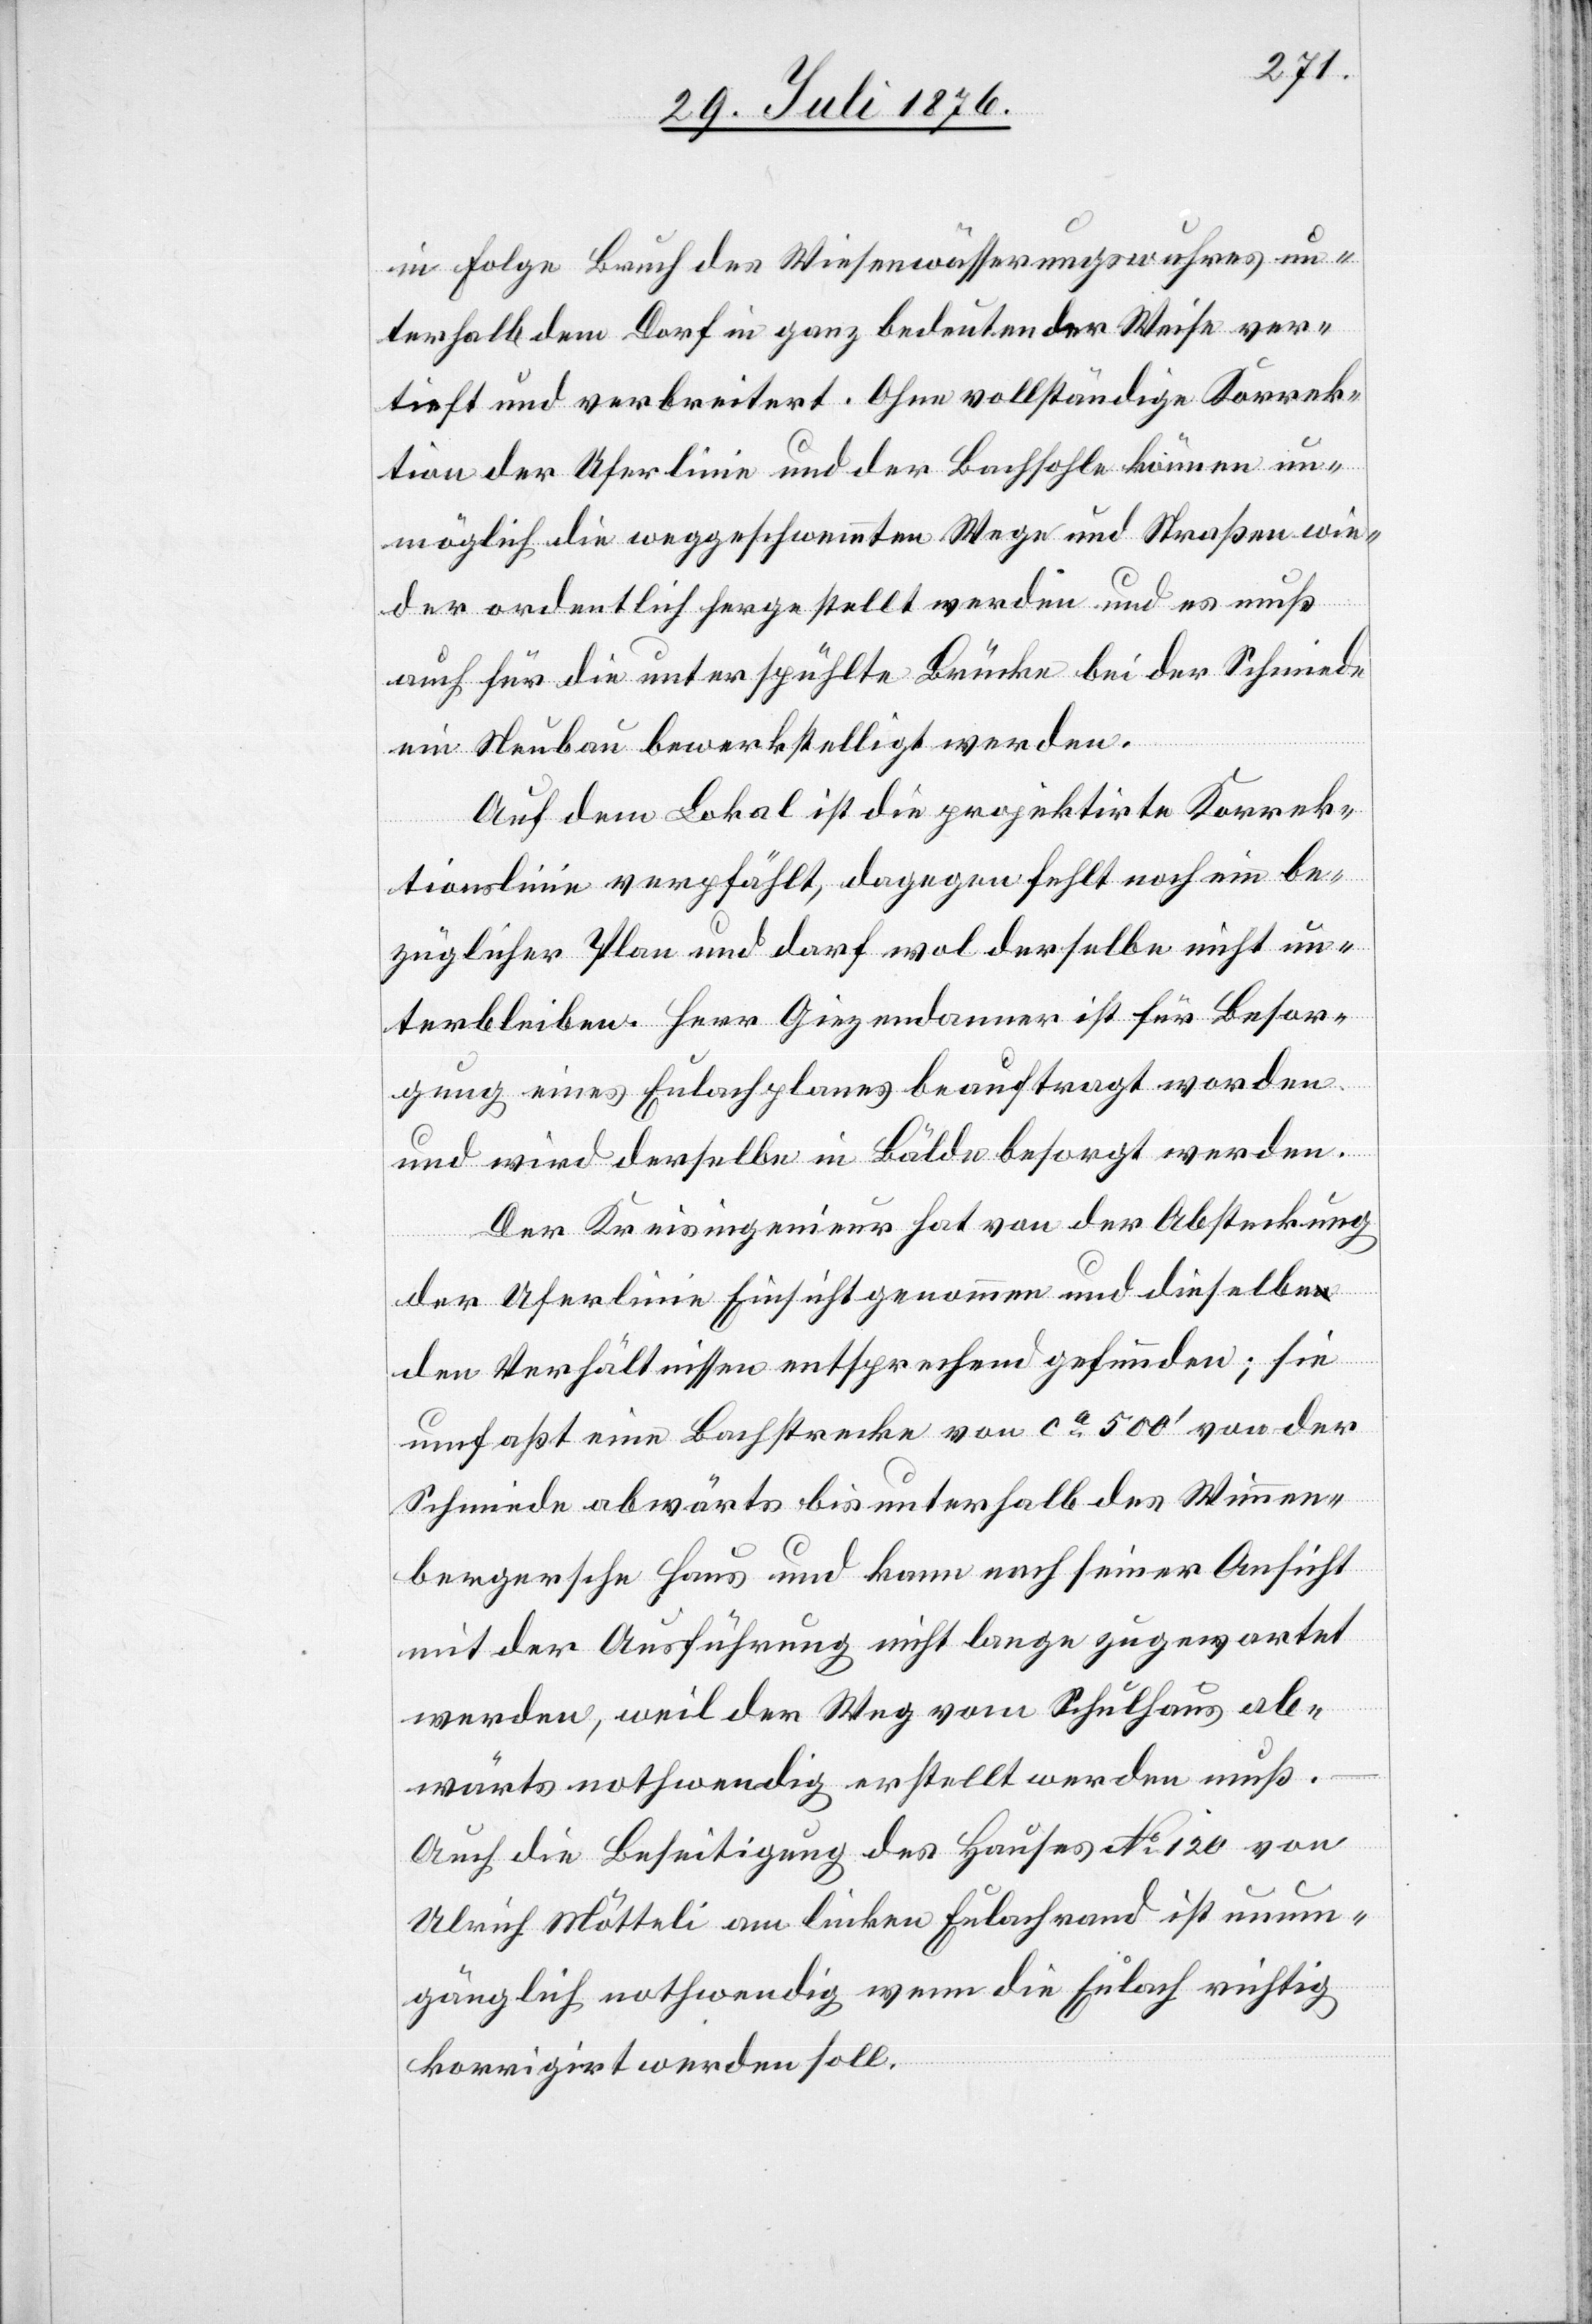
in Folge Brauch des Wiesenwässerungswuhren un¬
terhalb dem Dorf in ganz bedeutender Weise ver¬
tieft und verbreitert. Ohne vollständige Korrek¬
tion der Uferlinie und der Bachsohle können un¬
möglich die weggeschwemmten Wege und Straßen wie¬
der ordentlich hergestellt werden und es muß
auch für die unterspühlte Brücke bei der Schmiede
ein Neubau bewerkstelligt werden.
Auf dem Lokal ist die projektirte Korrek¬
tionslinie verpfählt, dagegen fehlt noch ein be¬
züglicher Plan und darf wol derselbe nicht un¬
terbleiben. Herr Giezendanner ist für Besor¬
gung eines Eulachplanes beauftrag worden
und wird derselbe in Bälde besorgt werden.
Der Kreisingenieur hat von der Absteckung
der Uferlinie Einsicht genommen und dieselbe
den Verhältnissen entsprechend gefunden; sie
umfaßt eine Bachstrecke von ca 500‘ von der
Schmiede abwärts bis unterhalb des Wimmen¬
bergersche Haus und kann nach seiner Ansicht
mit der Ausführung nicht lange zugewartet
werden, weil der Weg vom Schulhaus ab¬
wärts nothwendig erstellt werden muß.
Auch die Beseitigung des Hauses No 120 von
Ulrich Mötteli am linken Eulachrand ist unum¬
gänglich nothwendig wenn die Eulach richtig
korrigirt werden soll.